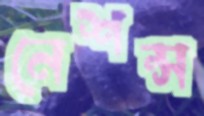
নেশন্স